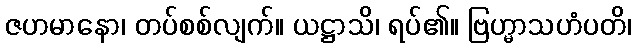
ဇဟမာနော၊ တပ်စစ်လျက်။ ယဋ္ဌာသိ၊ ရပ်၏။ ဗြဟ္မာသဟံပတိ၊